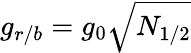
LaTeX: g_{r/b}=g_{0}\sqrt{N_{1/2}}